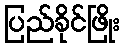
ပြည်ခိုင်ဖြိုး